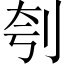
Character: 刳